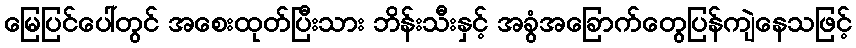
မြေပြင်ပေါ်တွင် အစေးထုတ်ပြီးသား ဘိန်းသီးနှင့် အခွံအခြောက်တွေပြန်ကျဲနေသဖြင့်